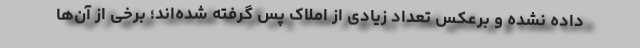
داده نشده و برعکس تعداد زیادی از املاک پس گرفته شده‌اند؛ برخی از آن‌ها